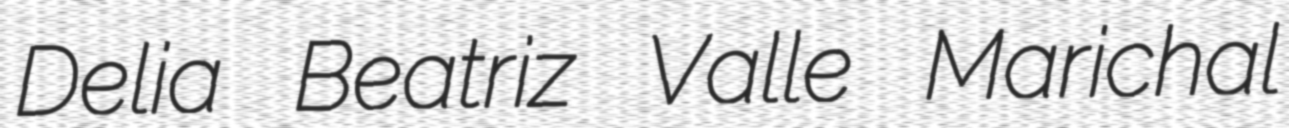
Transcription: Delia Beatriz Valle Marichal